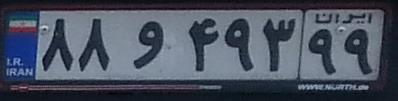
۸۸و۴۹۳۹۹